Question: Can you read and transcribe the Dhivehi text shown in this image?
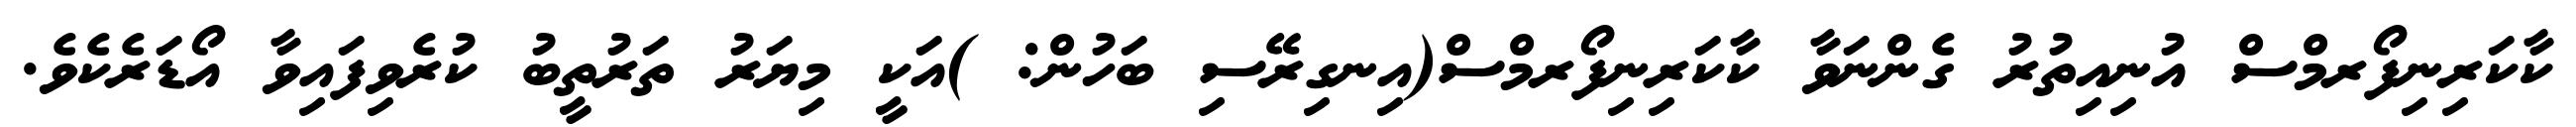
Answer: ކާކަރިނިފޯރމްސް އުނިއިތުރު ގެންނަވާ ކާކަރިނިފޯރމްސް(އިނގިރޭސި ބަހުން: )އަކީ މިޔަރު ތަރުތީބު ކުރެވިފައިވާ އޯޑަރެކެވެ.